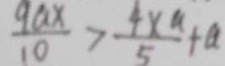
\frac { 9 a x } { 1 0 } > \frac { 4 x ^ { a } } { 5 } + a